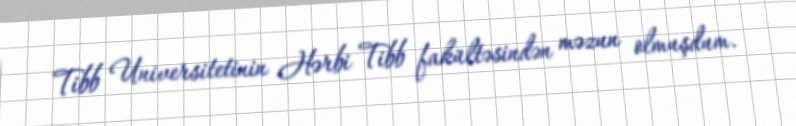
Tibb Universitetinin Hərbi Tibb fakültəsindən məzun olmuşdum.